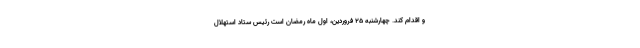
و اقدام کند. چهارشنبه ۲۵ فروردین، اول ماه رمضان است رئیس ستاد استهلال